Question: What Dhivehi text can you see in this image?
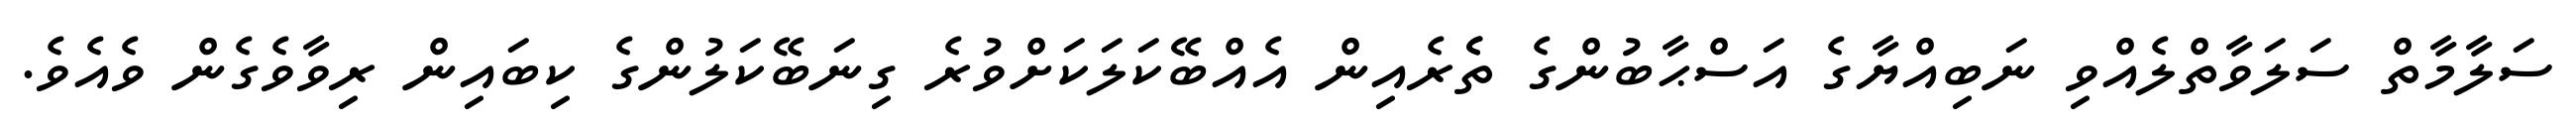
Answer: ސަލާމާތް ސަލަވާތްލެއްވި ނަބިއްޔާގެ އަސްޙާބުންގެ ތެެރެއިން އެއްބޭކަލަކަށްވުރެ ގިނަބޭކަލުންގެ ކިބައިން ރިވާވެގެން ވެއެވެ.